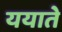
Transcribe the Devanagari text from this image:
ययाते